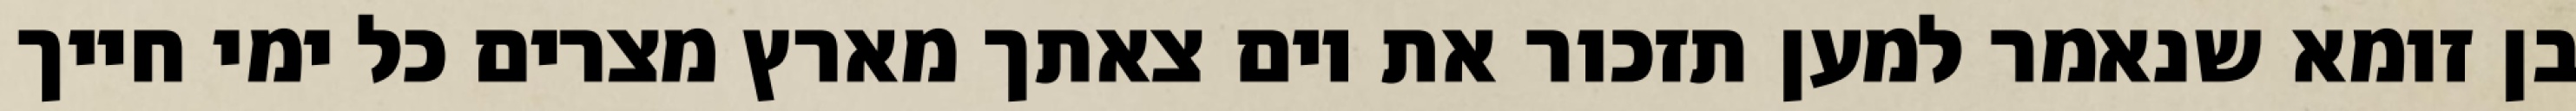
בן זומא שנאמר למען תזכור את יום צאתך מארץ מצרים כל ימי חייך